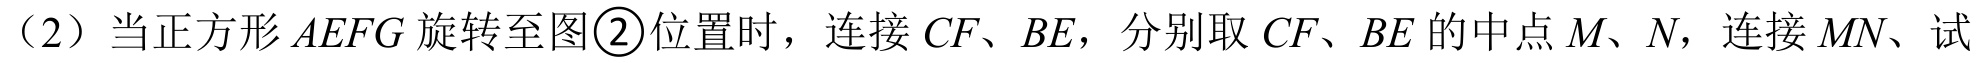
（2）当正方形\(AEFG\)旋转至图\textcircled{2}位置时，连接\(CF\)、\(BE\)，分别取\(CF\)、\(BE\)的中点\(M\)、\(N\)，连接\(MN\)、试